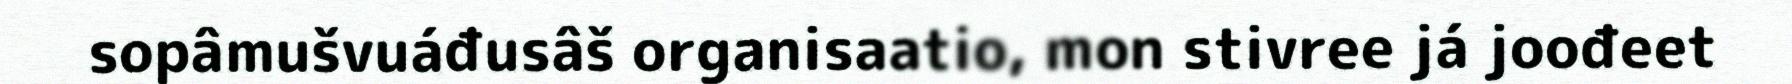
sopâmušvuáđusâš organisaatio, mon stivree já joođeet